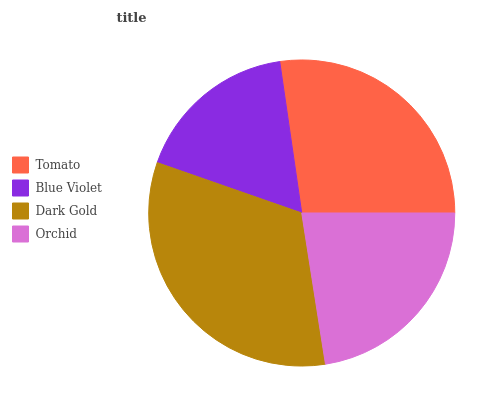
| Tomato | Blue Violet | Dark Gold | Orchid |
 | --- | --- | --- | --- |
 | 27.2% | 17.4% | 32.8% | 22.6% |